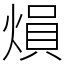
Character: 熉